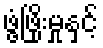
ဖွံ့ဖြိုးမှုနှင့်